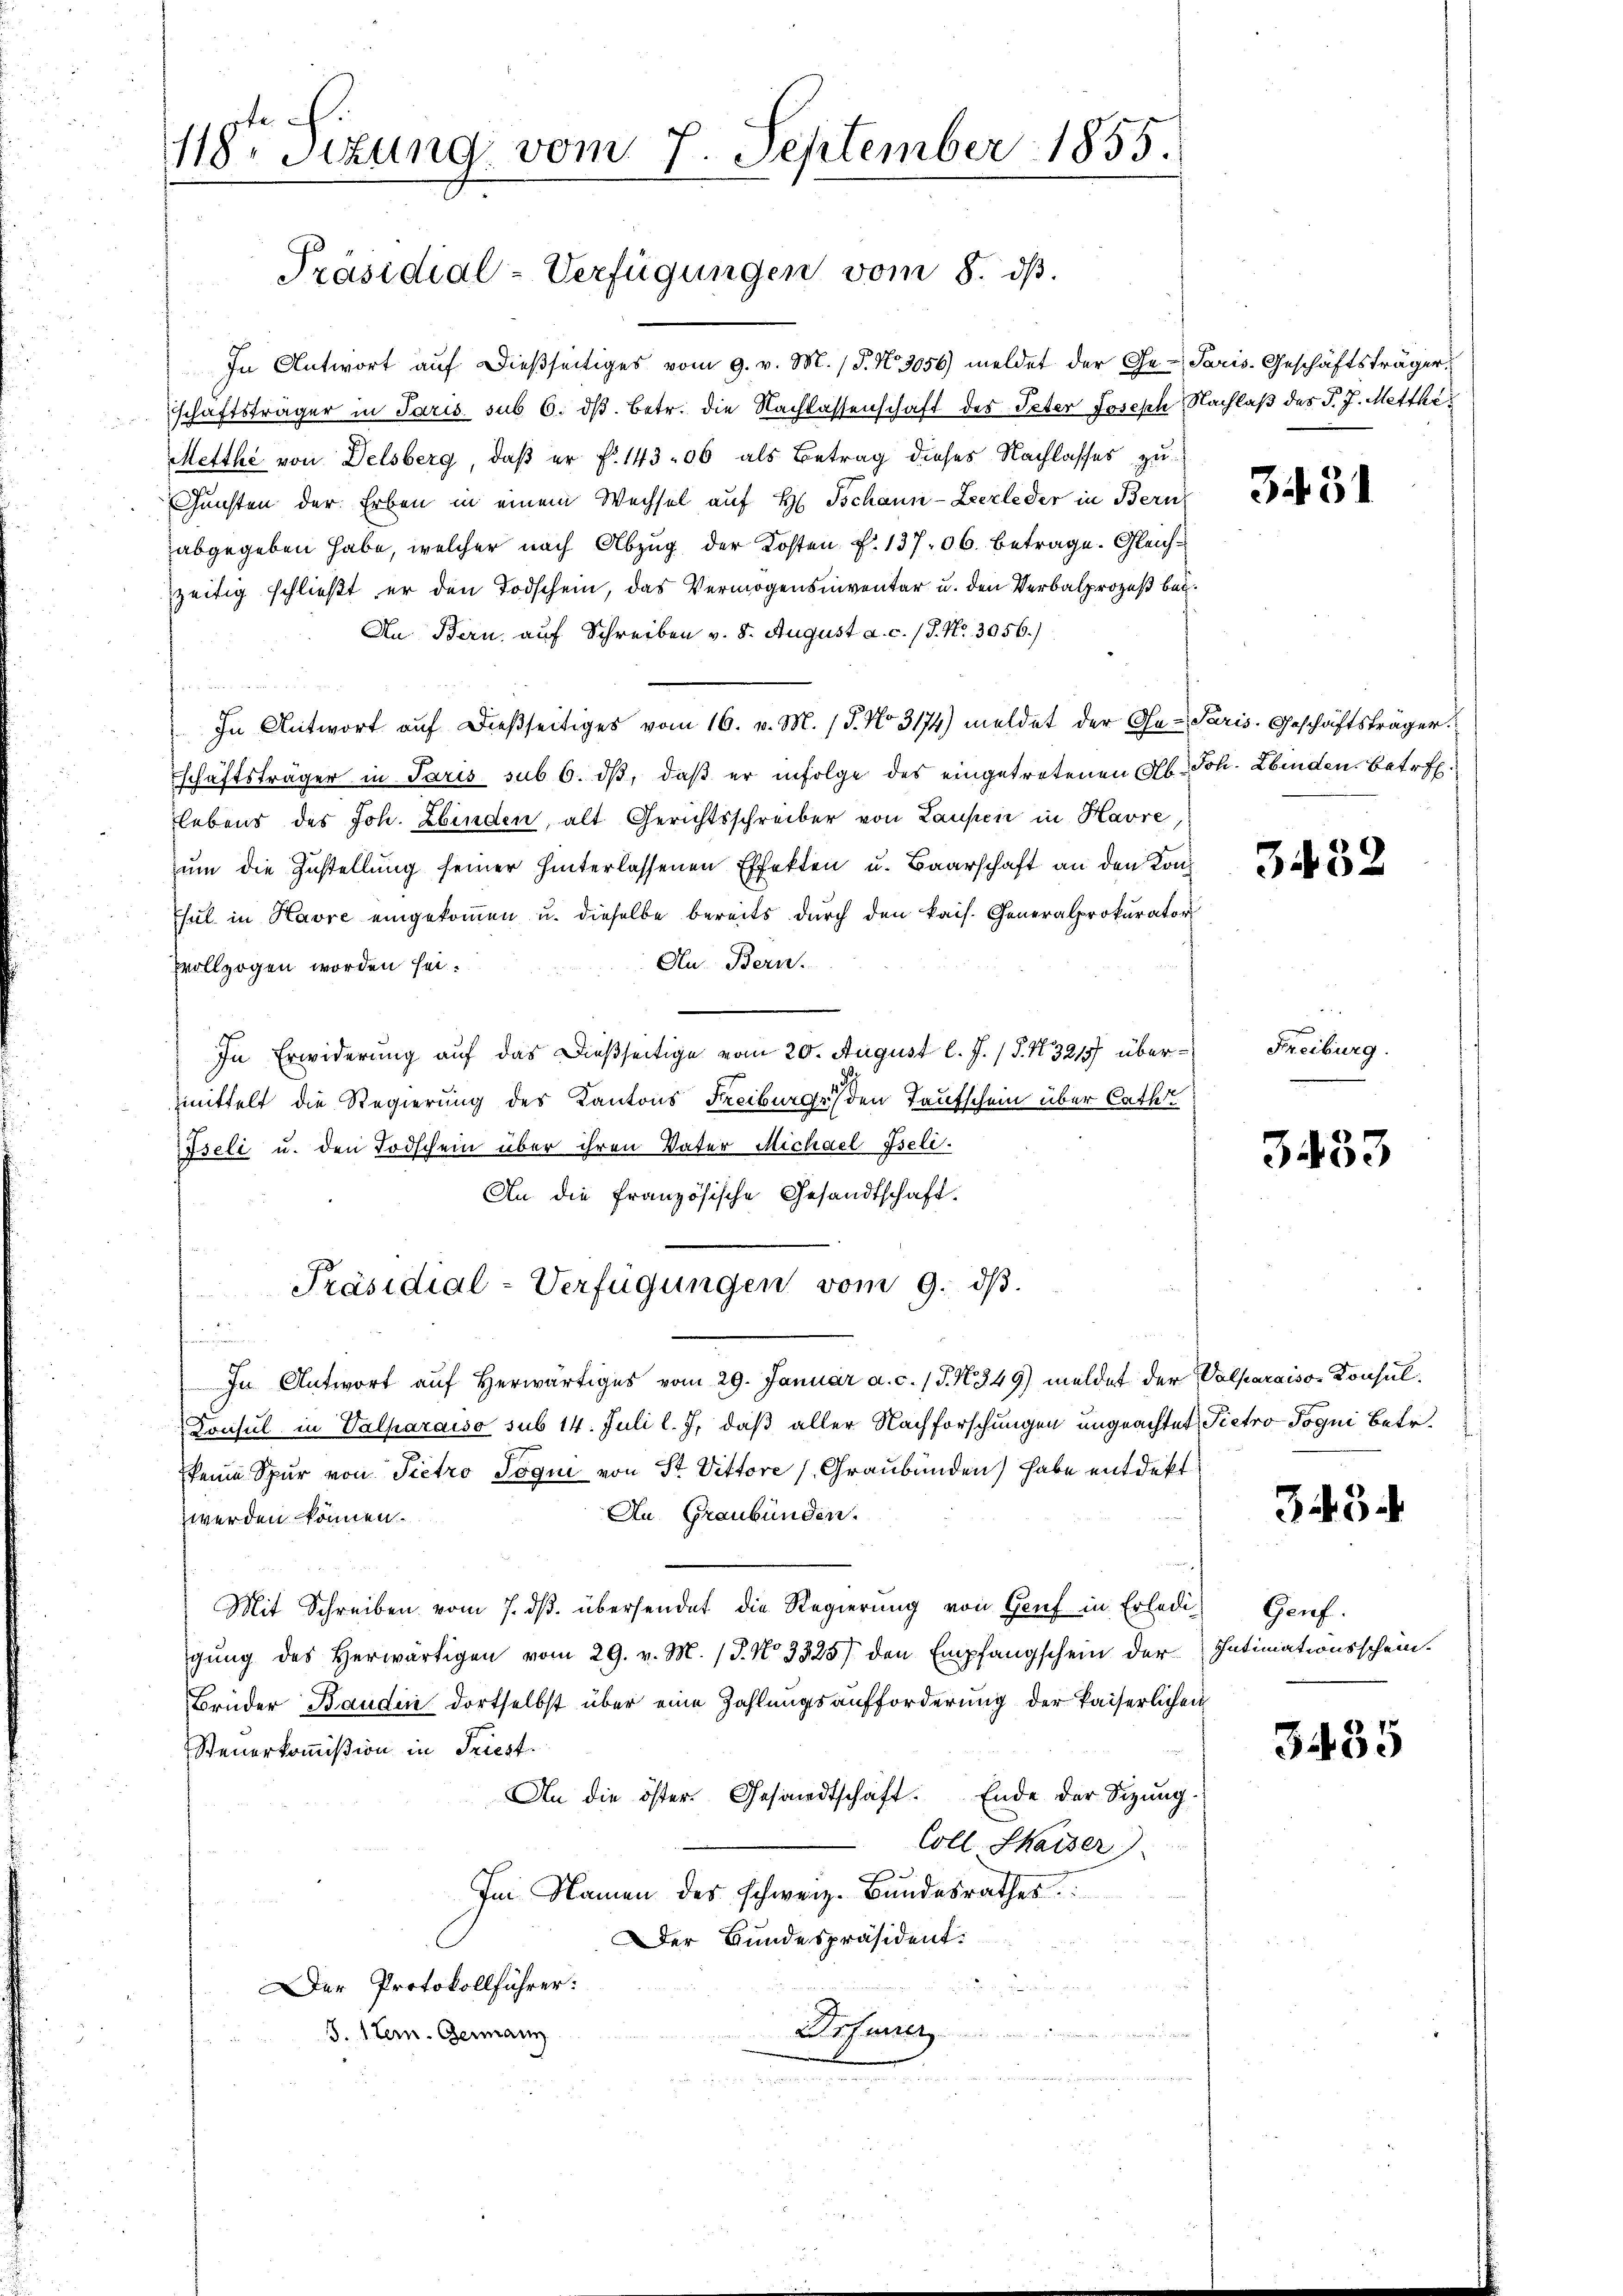
118ten Sizung vom 7. September 1855.
Präsidial-Verfügungen vom 8. ds.

In Antwort aŭf dießseitiges vom 9. v. M. (T. No. 3056) meldet der Ge-Paris. Geschäftsträger
schaftsträger in Paris sub 6. dβ. betr. die Nachlassenschaft des Peter Joseph, Nachlaß des P. J. Metthe
Metthe von Delsberg, daß er f. 14300 als Betrag dieses Nachlasses zu¬
Gunsten der Erben in einem Wechsel auf H Tschann-Zeerleder in Bern
abgegeben habe, welcher nach Abzug der Kosten f. 13706. betrage. Gleichzeitig schließt er den Todschein, das Vermögensinventar u. den Verbalprozeß bei¬
An Bern, auf Schreiben v. 8. August a. c. 18. No. 3056.)
In Antwort auf dießseitiges vom 16. v. M. (T. No 3174) meldet der Ge-Paris. Geschäftsträger
schäftsträger in Paris sub 6. dβ, daß er infolge des eingetretenen Alb. Joh. binden Betreflebens des Joh. Linden, alt Gerichtsschreiber von Laufen in Havre,
zŭm die Zustellung seiner hinterlassenen Effekten u. Baarschaft an den Konz
Chul in Havre eingekommen u. dieselbe bereits durch den kais. Generalprokurator
An Bern.
vollzogen worden sei.
In Erwiderung auf das Dießseitige vom 20. August l. J. (§. N. 321 überzmittelt die Regierung des Kantons Freiburgs, den Taufschein über Cath
Iseli u. den Todschein über ihren Vater Michael Iseli.
An die französische Gesandtschaft.
Präsidial-Verfügungen vom 9. dβ.
u
In Antwort aŭf herwärtiges vom 29. Januar a. c. (T. N. 349) meldet der Volparaiso- Konsul¬
Konsul in Valharaiso sub 14. Juli l. J. daß aller Nachforschungen ungeachtet, Pietro Pogni betr.
keine Spur von Pietro Joqui von St. Vittore (Graubünden) habe entdekt
An Graubünden.
werden können.
h
Mit Schreiben vom 7. ds. übersendet die Regierung von Genf in Erledigung des Herwärtigen vom 29. v. M. (T. No 3325) den Empfangschein der Intimationsschein.
Brüder Baudii dortselbst über eine Zahlungsaufforderung der kaiserlichen
Steuerkommißion in Priest.
An die öster. Gesandtschaft. Ende der Sizung.
Coll Chaiser
Im Namen des schweiz. Bundesrathes
Der Bundespräsident:
Der Protokollführer:
Drfener
S. 1 tem. Germann

3431

3432

Freiburg.

3433

345

Genf.

3435